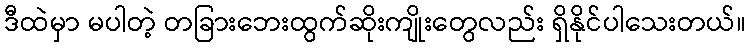
ဒီထဲမှာ မပါတဲ့ တခြားဘေးထွက်ဆိုးကျိုးတွေလည်း ရှိနိုင်ပါသေးတယ်။